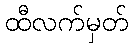
ထီလက်မှတ်